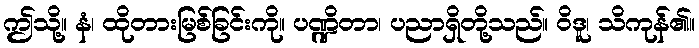
ဤသို့။ နံ၊ ထိုတားမြစ်ခြင်းကို။ ပဏ္ဍိတာ၊ ပညာရှိတို့သည်။ ဝိဒူ၊ သိကုန်၏။